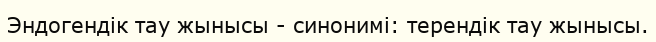
Эндогендік тау жынысы - синонимі: терендік тау жынысы.